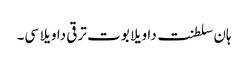
ہان سلطنت دا ویلا بوت ترقی دا ویلا سی۔